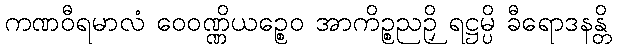
ကဏဝီရမာလံ ဝေဝဏ္ဏိယဉ္စေဝ အာကိဉ္စညဉှိ ရဋ္ဌမ္ပိ ခီရောဒနန္တိ